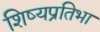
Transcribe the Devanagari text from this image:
शिष्यप्रतिभा